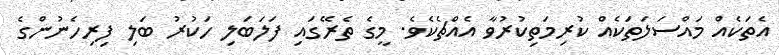
އެތަކެއް މައްސަލަތަކެއް ކުރިމަތިކުރުވާ އެއްޗެކެވެ. މީގެ ތެރޭގައި ފަލަބަލި ހަކުރު ބަލި ފިރިހެނުންގެ